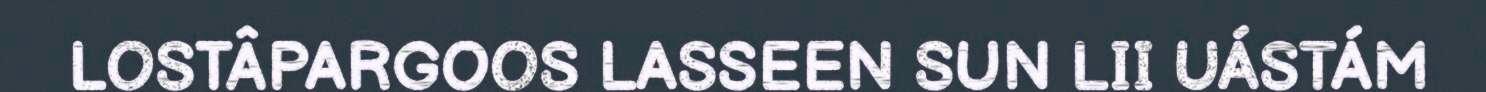
LOSTÂPARGOOS LASSEEN SUN LII UÁSTÁM